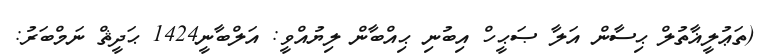
(ތަޢުލީޣާތުލް ޙިސާން އަލާ ޞަޙީހް އިބުނި ޙިއްބާން ލިޔުއްވީ: އަލްބާނީ1424 ޙަދީޘް ނަމްބަރު: